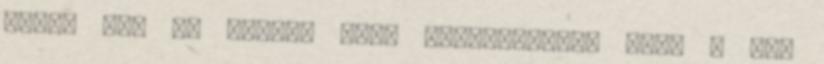
érzem itt az ideje, hogy megemlítsem, hogy a kép